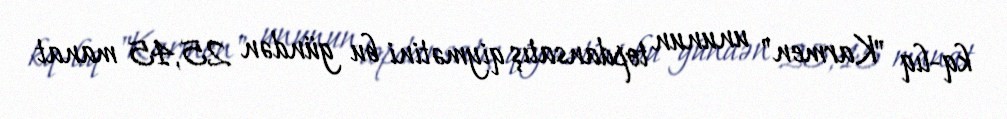
kq-lıq "Karmen" ununun topdansatış qiymətini bu gündən 25,45 manat